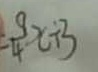
\frac { 9 } { 4 } X + 3